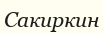
Сакиркин